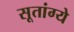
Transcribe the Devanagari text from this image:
सूतांग्ये